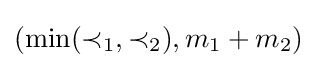
(\min(\prec _{1},\prec _{2}),m_{1}+m_{2})